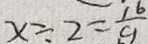
x \div 2 = \frac { 1 6 } { 9 }